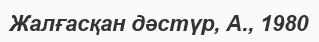
Жалғасқан дәстүр, А., 1980